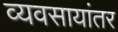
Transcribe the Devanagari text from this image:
व्यवसायांतर